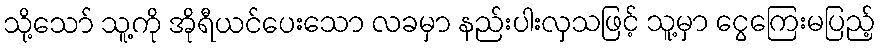
သို့သော် သူ့ကို အိုရီယင်ပေးသော လခမှာ နည်းပါးလှသဖြင့် သူ့မှာ ငွေကြေးမပြည့်